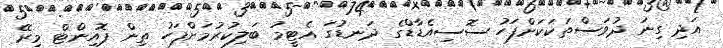
އަދި ގިނަ ދުވަސްތަކަކަށްފަހު ސޮސިއެޑާޑްގެ ދަނޑުގަ އެޓީމު ބަލިކުރުމަށްފަހު ތިން ޕޮއިންޓް މިރޭ